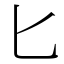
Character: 匕